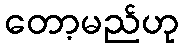
တော့မည်ဟု